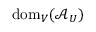
\mathrm { d o m } _ { V } ( \mathcal { A } _ { U } )